Report of the King Institute of Preventive Medicine, Guindy
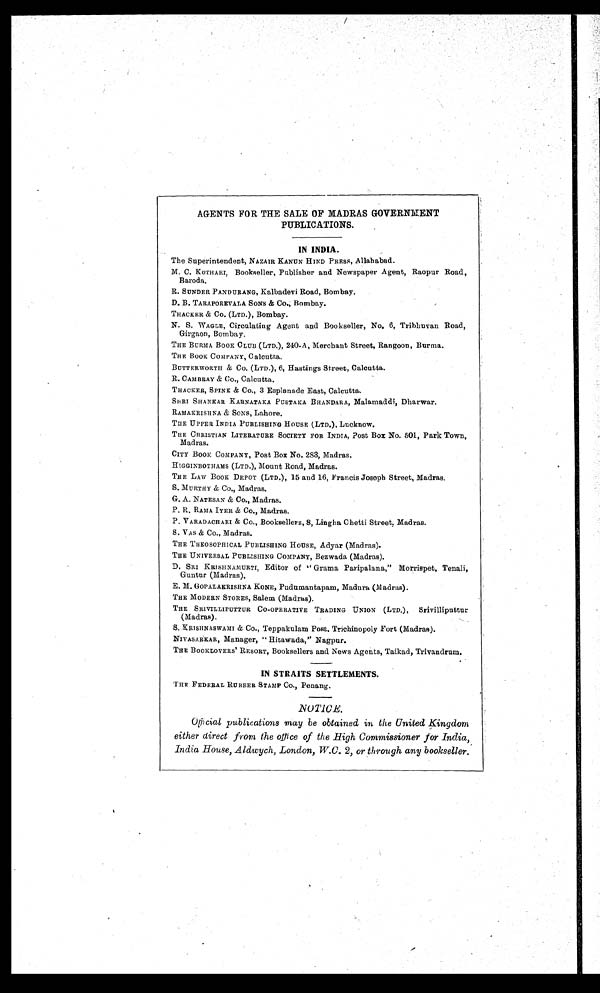
AGENTS FOR THE SALE OF MADRAS GOVERNMENT
PUBLICATIONS.
IN INDIA.
The Superintendent, NAZAIR KANUN HIND PRESS, Allahabad.
M. C. KOTHARI, Bookseller, Publisher and Newspaper Agent, Raopur Road,
Baroda.
R. SUNDER PANDURANG, Kalbadevi Road, Bombay.
D. B. TARAPOREVALA SONS & Co., Bombay.
THACKER & Co. (LTD.), Bombay.
N. S. WAGLE, Circulating Agent and Bookseller, No. 6, Tribhuvan Road,
Girgaon, Bombay.
THE BURMA BOOK CLUB (LTD.), 240-A, Merchant Street, Rangoon, Burma.
THE BOOK COMPANY, Calcutta.
BUTTERWORTH & Co. (LTD.), 6, Hastings Street, Calcutta.
R. CAMBRAY & Co., Calcutta.
THACKER, SPINE & Co., 3 Esplanade East, Calcutta.
SHRI SHANKAR KARNATAKA PUSTAKA BHANDARA, Malamaddi, Dharwar.
RAMAKRISHNA & SONS, Lahore.
THE UPPER INDIA PUBLISHING HOUSE (LTD.), Lucknow.
THE CHRISTIAN LITERATURE SOCIETY FOR INDIA, Post Box No. 501, Park Town,
Madras.
CITY BOOK COMPANY, Post Box No. 283, Madras.
HIGGINBOTHAMS (LTD.), Mount Road, Madras.
THE LAW BOOK DEPOT (LTD.), 15 and 16, Francis Joseph Street, Madras.
S. MURTHY & Co., Madras.
G. A. NATESAN & CO., Madras.
P. R. RAMA IYER & Co., Madras.
P. VARADACHARI & CO., Booksellers, 8, Lingha Chetti Street, Madras.
S. VAS & Co., Madras.
THE THEOSOPHICAL PUBLISHING HOUSE, Adyar (Madras).
THE UNIVERSAL PUBLISHING COMPANY, Bezwada (Madras).
D. SRI KRISHNAMURTI, Editor of "Grama Paripalana," Morrispet, Tenali,
Guntur (Madras)
.
E. M. GOPALAKRISHNA KONE, Pudumantapam, Madura (Madras).
THE MODERN STORES, Salem (Madras).
THE SRIVILLIPUTTUR CO-OPERATIVE TRADING UNION (LTD.), Srivilliputtur
(Madras).
S. KRISHNASWAMI & CO., Teppakulam Post, Trichinopoly Fort (Madras).
NIVASARKAR, Manager, " Hitawada," Nagpur.
THE BOOKLOVERS' RESORT, Booksellers and News Agents, Taikad, Trivandrum.
IN STRAITS SETTLEMENTS.
THE FEDEBAL RUBBER STAMP CO., Penang.
NOTICE.
Official publications may be obtained in the United Kingdom
either direct from the office of the High Commissioner for India,
India House, Aldwych, London, W.C . 2, or through any bookseller.